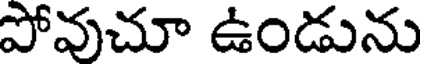
పోవుచూ ఉండును